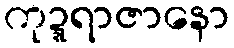
ကုဍ္ဍရာဇာနော